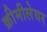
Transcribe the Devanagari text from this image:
क्रीमीलेयर